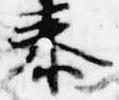
泰